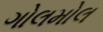
ગોલમોલ